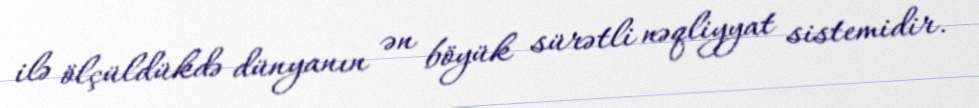
ilə ölçüldükdə dünyanın ən böyük sürətli nəqliyyat sistemidir.